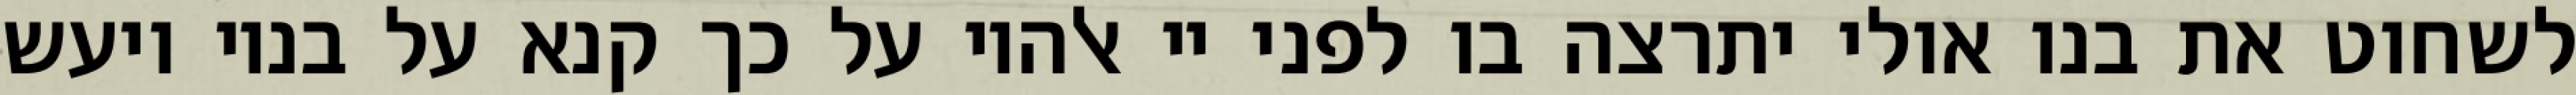
לשחוט את בנו אולי יתרצה בו לפני יי אלהיו על כך קנא על בניו ויעש